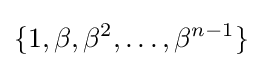
\{1,\beta ,\beta ^{2},\ldots ,\beta ^{n-1}\}